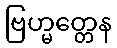
ဗြဟ္မတ္တေန